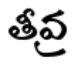
తీవ్ర